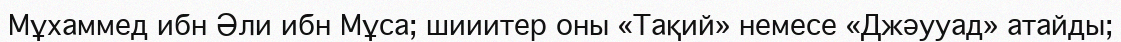
Мұхаммед ибн Әли ибн Мұса; шииитер оны «Тақий» немесе «Джәууад» атайды;